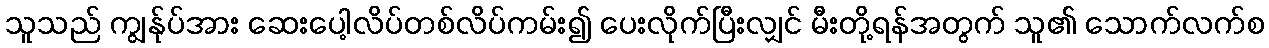
သူသည် ကျွန်ုပ်အား ဆေးပေါ့လိပ်တစ်လိပ်ကမ်း၍ ပေးလိုက်ပြီးလျှင် မီးတို့ရန်အတွက် သူ၏ သောက်လက်စ